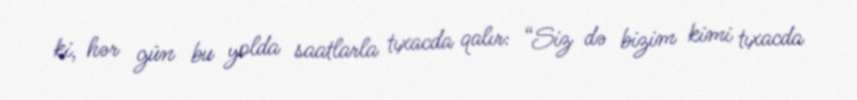
ki, hər gün bu yolda saatlarla tıxacda qalır: “Siz də bizim kimi tıxacda